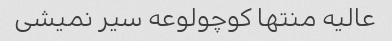
عالیه منتها کوچولوعه سیر نمیشی